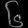
Digit: ၆